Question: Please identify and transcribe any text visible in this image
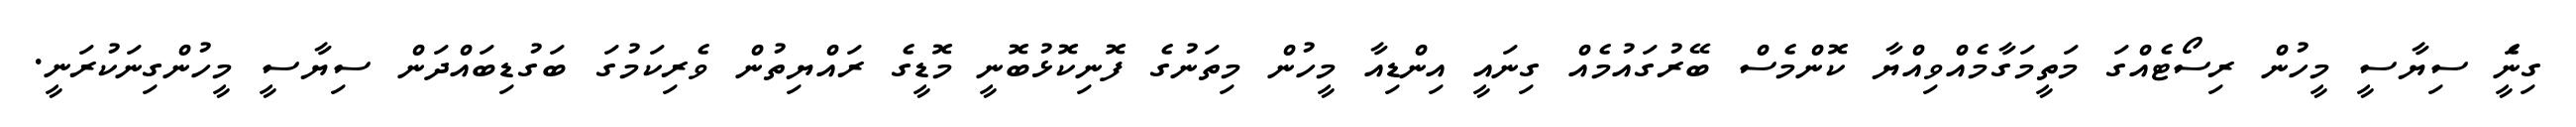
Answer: ގިނަެީ ސިޔާސީ މީހުން ރިސޯޓެއްގަ މަތީމަގާމެއްވިއްޔާ ކޮންމެސް ބޭރުގައުމެއް ގިނައީ އިންޑިއާ މީހުން މިތަނުގެ ފޮނިކޮޅުބޮނީ މޮޑީގެ ރައްޔިތުން ވެރިކަމުގަ ބަގުޑިބައްދަން ސިޔާސީ މީހުންގިނަކުރަނީ.